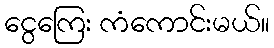
ငွေကြေး ကံကောင်းမယ်။